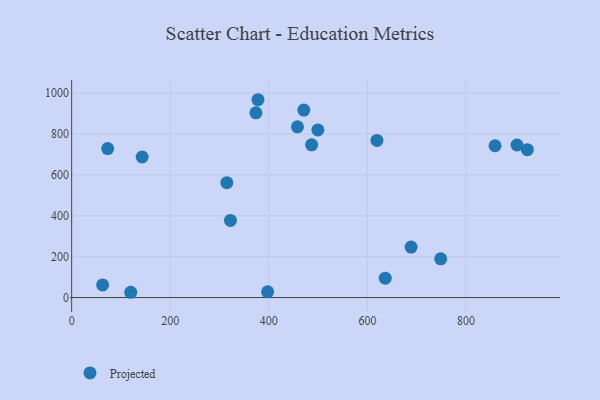
{"axis": {"x": "Study Hours", "y": "Rating"}, "legend": ["Projected"], "data": [{"x": "619.3", "y": 767.9, "type": "Projected"}, {"x": "378.0", "y": 967.1, "type": "Projected"}, {"x": "119.8", "y": 25.8, "type": "Projected"}, {"x": "499.5", "y": 819.4, "type": "Projected"}, {"x": "62.8", "y": 61.9, "type": "Projected"}, {"x": "373.8", "y": 902.9, "type": "Projected"}, {"x": "486.8", "y": 746.4, "type": "Projected"}, {"x": "143.0", "y": 687.1, "type": "Projected"}, {"x": "636.1", "y": 94.5, "type": "Projected"}, {"x": "471.0", "y": 916.3, "type": "Projected"}, {"x": "748.7", "y": 189.2, "type": "Projected"}, {"x": "322.1", "y": 377.0, "type": "Projected"}, {"x": "458.1", "y": 834.6, "type": "Projected"}, {"x": "858.9", "y": 742.2, "type": "Projected"}, {"x": "314.8", "y": 561.8, "type": "Projected"}, {"x": "924.5", "y": 723.0, "type": "Projected"}, {"x": "397.6", "y": 28.2, "type": "Projected"}, {"x": "73.1", "y": 728.3, "type": "Projected"}, {"x": "688.6", "y": 246.6, "type": "Projected"}, {"x": "903.5", "y": 745.8, "type": "Projected"}]}